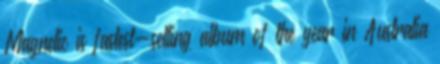
Magnetic is fastest-selling album of the year in Australia